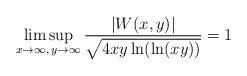
\begin{align*} & \limsup_{x\to\infty, \, y\to\infty} \frac{\vert W(x,y)\vert} {\sqrt{4xy\ln(\ln(xy))}} = 1 \end{align*}